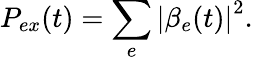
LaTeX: P_{ex}(t)=\sum_{e}\left\vert\beta_{e}(t)\right\vert^{2}.